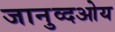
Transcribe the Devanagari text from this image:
जानुव्दओय